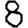
Digit: 8